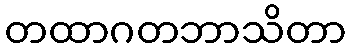
တထာဂတဘာသိတာ